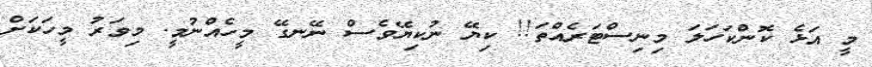
މީ އަޅެ ކޮންކަހަލަ މިނިސްޓަރެއްތަ!! ކިޔޭ ނުކިޔޭވެސް ނޭނގޭ މީހެއްނުމީ. މިވަރު މީހަކަށް